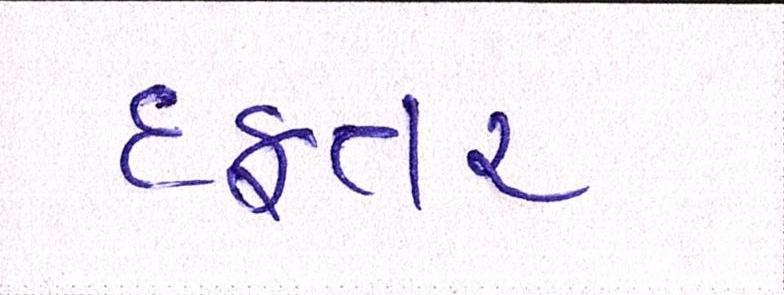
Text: દફતર